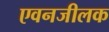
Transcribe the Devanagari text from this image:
एवनजीलक